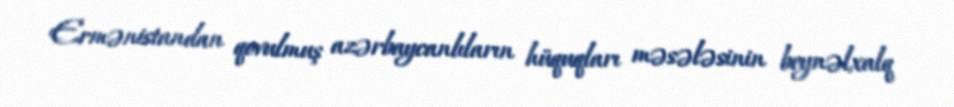
Ermənistandan qovulmuş azərbaycanlıların hüquqları məsələsinin beynəlxalq